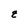
Character: z